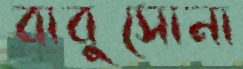
বাবুসোনা